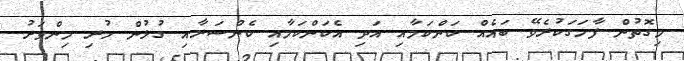
މިގޮތުން ފާހަގަކުރެވޭ ބައެއް ކަންކަމާއި އަދި އެކަންކަމާއި ކެންސަރާއި ގުޅުން ހުރި މިންވަރު